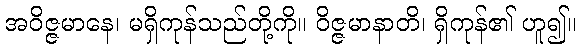
အဝိဇ္ဇမာနေ၊ မရှိကုန်သည်တို့ကို။ ဝိဇ္ဇမာနာတိ၊ ရှိကုန်၏ ဟူ၍။